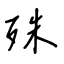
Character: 殊